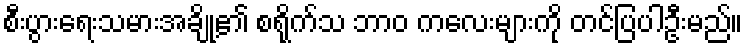
စီးပွားရေးသမားအချို့၏ စရိုက်သ ဘာဝ ကလေးများကို တင်ပြပါဦးမည်။